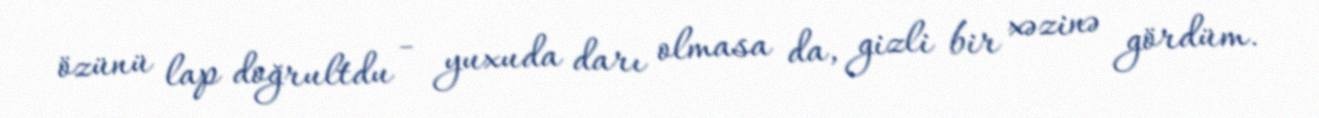
özünü lap doğrultdu - yuxuda darı olmasa da, gizli bir xəzinə gördüm.